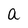
Character: a